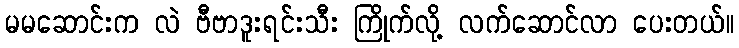
မမဆောင်းက လဲ ဗီဗာဒူးရင်းသီး ကြိုက်လို့ လက်ဆောင်လာ ပေးတယ်။